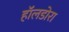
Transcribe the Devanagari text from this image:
हॉलडोरा